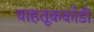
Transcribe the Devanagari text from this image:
वाहतूककोंडी